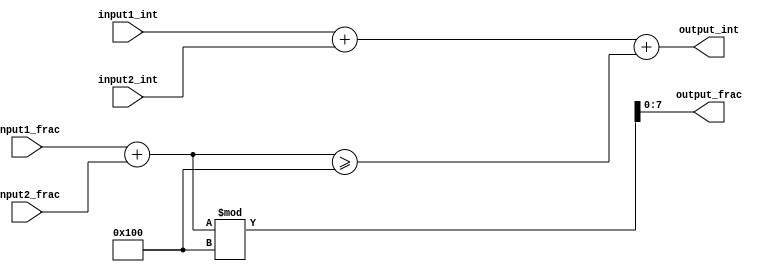
module fixed_point_adder (
    input signed [7:0] input1_int,
    input signed [7:0] input1_frac,
    input signed [7:0] input2_int,
    input signed [7:0] input2_frac,
    output reg signed [7:0] output_int,
    output reg signed [7:0] output_frac
);

always @(*) begin
    output_frac = input1_frac + input2_frac;
    output_int = input1_int + input2_int + (output_frac >= 256);
    output_frac = output_frac % 256;
end

endmodule